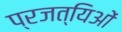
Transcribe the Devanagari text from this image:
प्रजत्यिओं